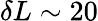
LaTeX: \delta L\sim 20